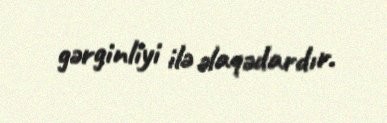
gərginliyi ilə əlaqədardır.